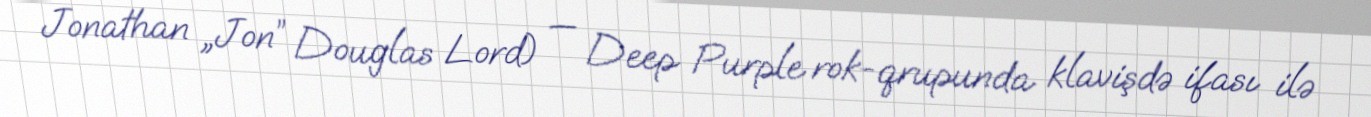
Jonathan „Jon” Douglas Lord) — Deep Purple rok-qrupunda klavişdə ifası ilə